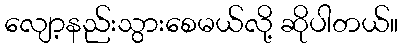
လျော့နည်းသွားစေမယ်လို့ ဆိုပါတယ်။